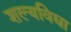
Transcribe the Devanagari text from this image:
शल्यविद्या